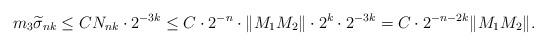
LaTeX: \begin{align*}m_3 \widetilde{\sigma}_{nk}\leq C N_{nk}\cdot 2^{-3k}\leq C\cdot 2^{-n}\cdot\|M_1M_2\|\cdot 2^k \cdot 2^{-3k}=C\cdot 2^{-n-2k}\|M_1M_2\|.\end{align*}